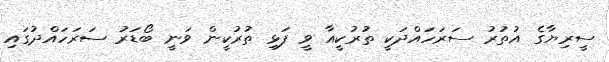
ސީރިޔާގެ އުތުރު ސަރަހައްދަކީ ތުރުކީއާ ވީ ފަޅި ތުރުކީން ވަނީ ބޯޑަރު ސަރަހައްދުގައި